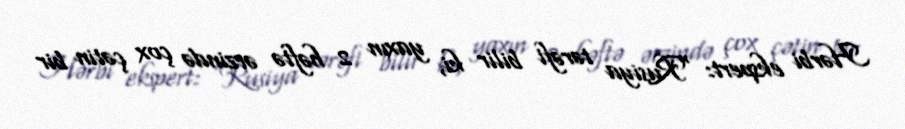
Hərbi ekspert: “Rusiya tərəfi bilir ki, yaxın 2 həftə ərzində çox çətin bir